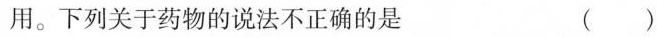
用。下列关于药物的说法不正确的是 ()